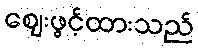
ဈေးဖွင့်ထားသည်